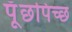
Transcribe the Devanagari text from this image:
पूँछपिच्छ